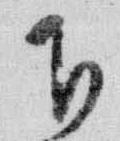
下